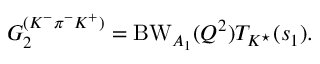
G _ { 2 } ^ { ( K ^ { - } \pi ^ { - } K ^ { + } ) } = \mathrm { B W } _ { A _ { 1 } } ( Q ^ { 2 } ) T _ { K ^ { \star } } ( s _ { 1 } ) .